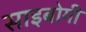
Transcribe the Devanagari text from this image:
साइबोगी